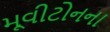
મૂવીટોનના